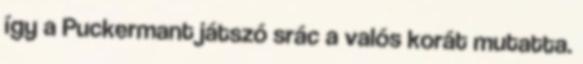
így a Puckermant játszó srác a valós korát mutatta.